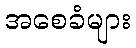
အစေခံများ